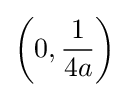
\left(0,{\frac {1}{4a}}\right)